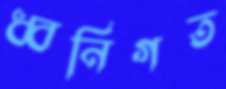
ধ্বনিগত